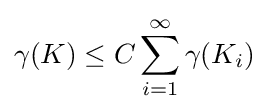
\gamma (K)\leq C\sum _{i=1}^{\infty }\gamma (K_{i})